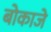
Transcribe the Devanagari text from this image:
बोकाजे